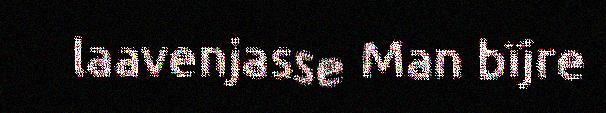
laavenjasse Man bïjre